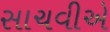
સાચવીએ